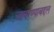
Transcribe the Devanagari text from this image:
वापरण्याबद्दल